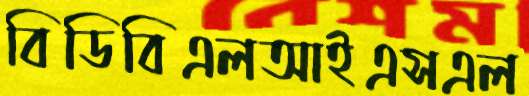
বিডিবিএলআইএসএল